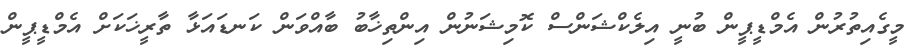
މީގެއިތުރުން އެމްޑީޕީން ބުނީ އިލެކްޝަންސް ކޮމިޝަނުން އިންތިޚާބު ބާއްވަން ކަނޑައަޅާ ތާރީޚަކަށް އެމްޑީޕީން